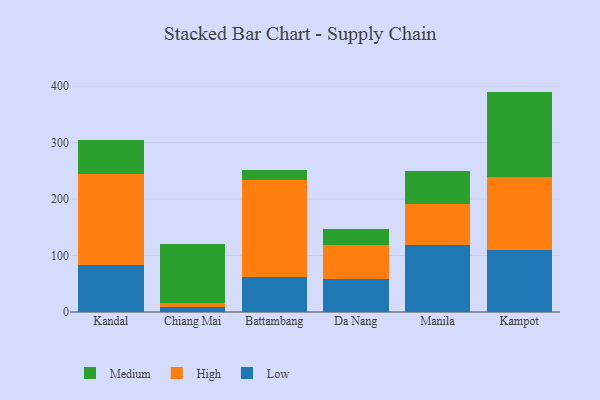
{"axis": {"x": "City", "y": "Satisfaction Score"}, "legend": ["High", "Low", "Medium"], "data": [{"x": "Kandal", "y": 83.5, "type": "Low"}, {"x": "Kandal", "y": 160.8, "type": "High"}, {"x": "Kandal", "y": 60.1, "type": "Medium"}, {"x": "Chiang Mai", "y": 8.0, "type": "Low"}, {"x": "Chiang Mai", "y": 8.8, "type": "High"}, {"x": "Chiang Mai", "y": 102.9, "type": "Medium"}, {"x": "Battambang", "y": 62.6, "type": "Low"}, {"x": "Battambang", "y": 171.5, "type": "High"}, {"x": "Battambang", "y": 16.7, "type": "Medium"}, {"x": "Da Nang", "y": 58.6, "type": "Low"}, {"x": "Da Nang", "y": 60.7, "type": "High"}, {"x": "Da Nang", "y": 27.5, "type": "Medium"}, {"x": "Manila", "y": 117.9, "type": "Low"}, {"x": "Manila", "y": 72.7, "type": "High"}, {"x": "Manila", "y": 58.4, "type": "Medium"}, {"x": "Kampot", "y": 110.7, "type": "Low"}, {"x": "Kampot", "y": 128.4, "type": "High"}, {"x": "Kampot", "y": 151.3, "type": "Medium"}]}